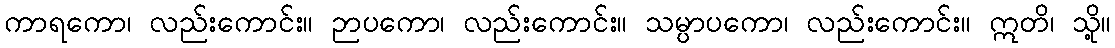
ကာရကော၊ လည်းကောင်း။ ဉာပကော၊ လည်းကောင်း။ သမ္ပာပကော၊ လည်းကောင်း။ ဣတိ၊ သို့။